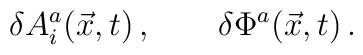
\delta A_{i}^{a}(\vec{x},t) \, , \qquad     \delta\Phi^{a}(\vec{x},t) \, .